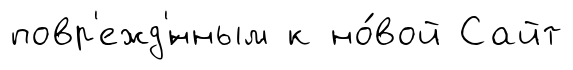
повр'ежд'́нным к но́вой Сайт